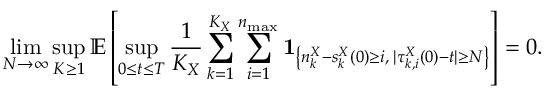
\operatorname* { l i m } _ { N \to \infty } \operatorname* { s u p } _ { K \geq 1 } \mathbb { E } \left[ \operatorname* { s u p } _ { 0 \leq t \leq T } \frac { 1 } { K _ { X } } \sum _ { k = 1 } ^ { K _ { X } } \sum _ { i = 1 } ^ { n _ { \operatorname* { m a x } } } \mathbf { 1 } _ { \left\{ n _ { k } ^ { X } - s _ { k } ^ { X } ( 0 ) \geq i , \; | \tau _ { k , i } ^ { X } ( 0 ) - t | \geq N \right\} } \right] = 0 .